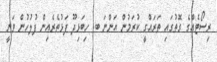
ރިސޯޓެއްގެ ގޮތުގައި ތަރައްގީ ކުރަމުން އަންނަ ބ. ހިބަޅިދޫ ފަޅުތެރެއިން ފުލުހުން ވަނީ